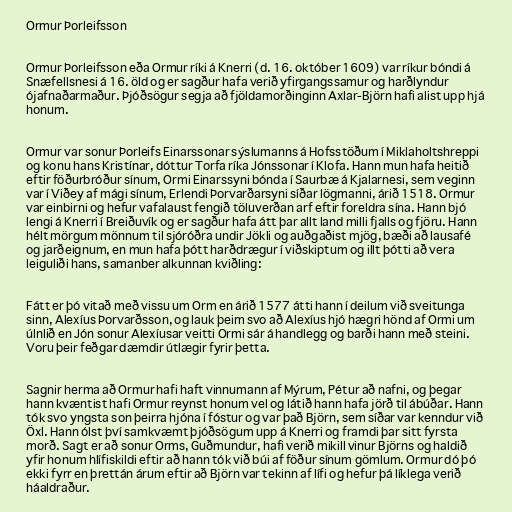
Ormur Þorleifsson

Ormur Þorleifsson eða Ormur ríki á Knerri (d. 16. október 1609) var ríkur bóndi á
Snæfellsnesi á 16. öld og er sagður hafa verið yfirgangssamur og harðlyndur
ójafnaðarmaður. Þjóðsögur segja að fjöldamorðinginn Axlar-Björn hafi alist upp hjá
honum.

Ormur var sonur Þorleifs Einarssonar sýslumanns á Hofsstöðum í Miklaholtshreppi
og konu hans Kristínar, dóttur Torfa ríka Jónssonar í Klofa. Hann mun hafa heitið
eftir föðurbróður sínum, Ormi Einarssyni bónda í Saurbæ á Kjalarnesi, sem veginn
var í Viðey af mági sínum, Erlendi Þorvarðarsyni síðar lögmanni, árið 1518. Ormur
var einbirni og hefur vafalaust fengið töluverðan arf eftir foreldra sína. Hann bjó
lengi á Knerri í Breiðuvík og er sagður hafa átt þar allt land milli fjalls og fjöru. Hann
hélt mörgum mönnum til sjóróðra undir Jökli og auðgaðist mjög, bæði að lausafé
og jarðeignum, en mun hafa þótt harðdrægur í viðskiptum og illt þótti að vera
leiguliði hans, samanber alkunnan kviðling:

Fátt er þó vitað með vissu um Orm en árið 1577 átti hann í deilum við sveitunga
sinn, Alexíus Þorvarðsson, og lauk þeim svo að Alexíus hjó hægri hönd af Ormi um
úlnlið en Jón sonur Alexíusar veitti Ormi sár á handlegg og barði hann með steini.
Voru þeir feðgar dæmdir útlægir fyrir þetta.

Sagnir herma að Ormur hafi haft vinnumann af Mýrum, Pétur að nafni, og þegar
hann kvæntist hafi Ormur reynst honum vel og látið hann hafa jörð til ábúðar. Hann
tók svo yngsta son þeirra hjóna í fóstur og var það Björn, sem síðar var kenndur við
Öxl. Hann ólst því samkvæmt þjóðsögum upp á Knerri og framdi þar sitt fyrsta
morð. Sagt er að sonur Orms, Guðmundur, hafi verið mikill vinur Björns og haldið
yfir honum hlífiskildi eftir að hann tók við búi af föður sínum gömlum. Ormur dó þó
ekki fyrr en þrettán árum eftir að Björn var tekinn af lífi og hefur þá líklega verið
háaldraður.